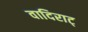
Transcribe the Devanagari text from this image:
वादिराट्